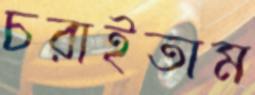
চরাইতাম